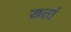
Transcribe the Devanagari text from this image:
यठां